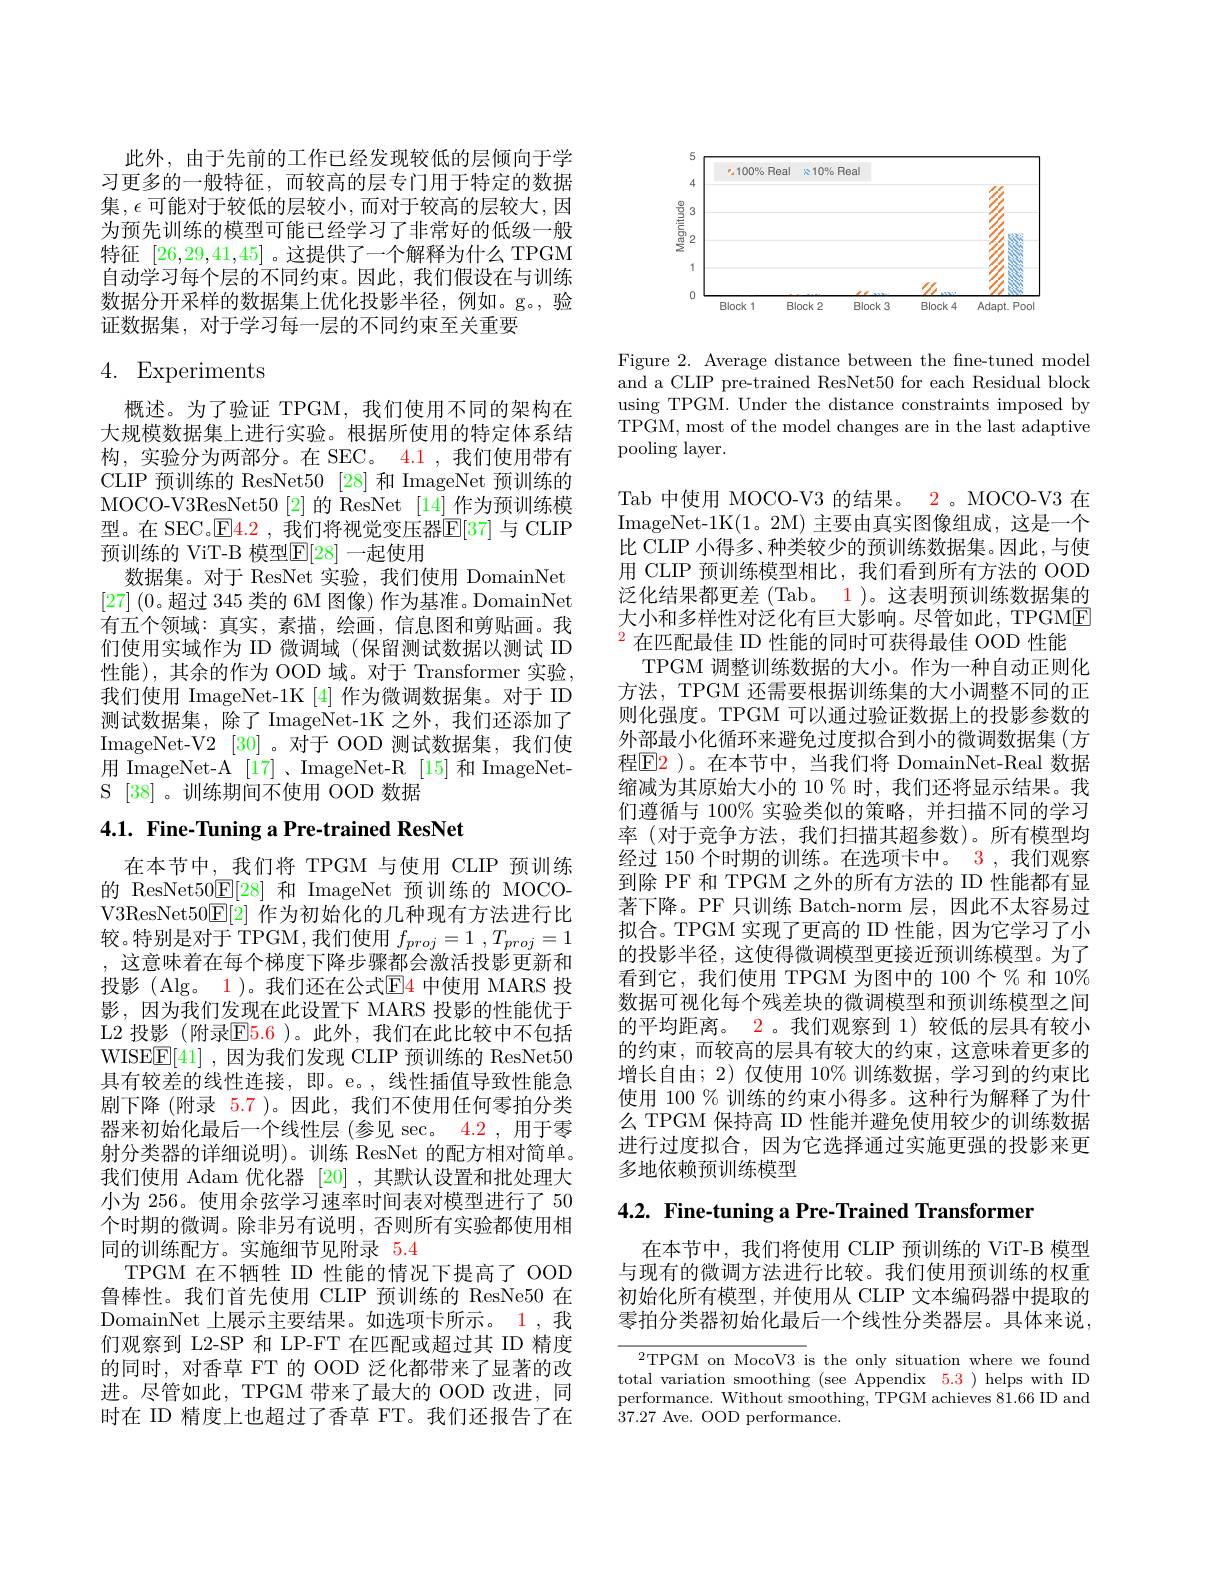
此外，由于先前的工作已经发现较低的层倾向于学习更多的一般特征，而较高的层专门用于特定的数据集$,\epsilon$可能对于较低的层较小，而对于较高的层较大，因为预先训练的模型可能已经学习了非常好的低级一般特征[26,29,41,45]。这提供了一个解释为什么 TPGM 自动学习每个层的不同约束。因此，我们假设在与训练数据分开采样的数据集上优化投影半径，例如。g。,验证数据集，对于学习每一层的不同约束至关重要

# 4. Experiments

概述。为了验证 TPGM,我们使用不同的架构在大规模数据集上进行实验。根据所使用的特定体系结构，实验分为两部分。在 SEC。4.1 ,我们使用带有CLIP 预训练的 ResNet50 [28]和 ImageNet 预训练的MOCO-V3ResNet50[2]的 ResNet [14] 作为预训练模型。在 SEC。$\mathsf{E} \color{red} {4. 2}\mathrm{~, ~我 们 将 视 觉 变 压 器 }\mathsf{E} [ 37]$与 CLIP 预训练的 ViT-B 模型$\mathbb{E}[28]$ 一起使用
数据集。对于 ResNet 实验，我们使用 DomainNet [27] (0。超过 345 类的 6M 图像) 作为基准。DomainNet 有五个领域：真实，素描，绘画，信息图和剪贴画。我们使用实域作为 ID 微调域(保留测试数据以测试 ID 性能),其余的作为 OOD 域。对于 Transformer 实验， 我们使用 ImageNet-1K [4]作为微调数据集。对于 ID 测试数据集，除了 ImageNet-1K 之外，我们还添加了ImageNet- V2 [30]。对于 OOD 测试数据集，我们使用 ImageNet-A [17]、ImageNet-R [15] 和 ImageNetS [38]。训练期间不使用 OOD 数据

## 4.1. Fine-Tuning a Pre-trained ResNet

在本节中，我们将 TPGM 与使用 CLIP 预训练的 ResNet50$\mathbb{E}[28]$和 ImageNet 预训练的 MOCOV3ResNet$50\boxed{\mathrm{E}}[2]$作为初始化的几种现有方法进行比较。特别是对于 TPGM,我们使用$f_proj= 1$ $, T_{proj}= 1$ , 这意味着在每个梯度下降步骤都会激活投影更新和投影 (Alg。$\color{red}{1}$)。我们还在公式$\color{red}{\mathrm{E}4}$ 中使用 MARS 投影 ,因为我们发现在此设置下 MARS 投影的性能优于L2 投影 (附录E5.6 )。此外，我们在此比较中不包括WISE$\underline {\mathrm{F} }[ 41]$ ,因为我们发现 CLIP 预训练的 ResNet50具有较差的线性连接，即。e。,线性插值导致性能急剧下降(附录 5.7 )。因此，我们不使用任何零拍分类器来初始化最后一个线性层(参见 sec。4.2 ,用于零射分类器的详细说明)。训练 ResNet 的配方相对简单。我们使用 Adam 优化器[20] ,其默认设置和批处理大小为 256。使用余弦学习速率时间表对模型进行了 50个时期的微调。除非另有说明，否则所有实验都使用相同的训练配方。实施细节见附录5.4
TPGM 在不牺牲 ID 性能的情况下提高了 OOD 鲁棒性。我们首先使用 CLIP 预训练的 ResNe50 在DomainNet 上展示主要结果。如选项卡所示。1 ,我们观察到 L2-SP 和 LP-FT 在匹配或超过其 ID 精度的同时，对香草 FT 的 OOD 泛化都带来了显著的改进。尽管如此，TPGM 带来了最大的 OOD 改进，同时在 ID 精度上也超过了香草 FT。我们还报告了在

<FigureHere>

Figure 2. Average distance between the fne-tuned model and a CLIP pre-trained ResNet50 for each Residual block using TPGM. Under the distance constraints imposed by TPGM, most of the model changes are in the last adaptive pooling layer.

Tab 中使用 MOCO-V3 的结果。2 。MOCO-V3 在ImageNet-1K(1。2M) 主要由真实图像组成，这是一个比 CLIP 小得多、种类较少的预训练数据集。因此，与使用 CLIP 预训练模型相比，我们看到所有方法的 OOD 泛化结果都更差 (Tab。1)。这表明预训练数据集的大小和多样性对泛化有巨大影响。尽管如此，TPGME $^{2}$在匹配最佳 ID 性能的同时可获得最佳 OOD 性能
TPGM 调整训练数据的大小。作为一种自动正则化方法，TPGM 还需要根据训练集的大小调整不同的正则化强度。TPGM 可以通过验证数据上的投影参数的外部最小化循环来避免过度拟合到小的微调数据集(方程E2 )。在本节中，当我们将 DomainNet-Real 数据缩减为其原始大小的 10 % 时，我们还将显示结果。我们遵循与 100% 实验类似的策略，并扫描不同的学习率 (对于竞争方法，我们扫描其超参数)。所有模型均经过 150 个时期的训练。在选项卡中。3 , 我们观察到除 PF 和 TPGM 之外的所有方法的 ID 性能都有显著下降。PF 只训练 Batch-norm 层，因此不太容易过拟合。TPGM 实现了更高的 ID 性能，因为它学习了小的投影半径，这使得微调模型更接近预训练模型。为了看到它，我们使用 TPGM 为图中的 100个%和 10% 数据可视化每个残差块的微调模型和预训练模型之间的平均距离。2。我们观察到 1) 较低的层具有较小的约束，而较高的层具有较大的约束，这意味着更多的增长自由；2)仅使用 10% 训练数据，学习到的约束比使用 100 % 训练的约束小得多。这种行为解释了为什么 TPGM 保持高 ID 性能并避免使用较少的训练数据进行过度拟合，因为它选择通过实施更强的投影来更多地依赖预训练模型

4.2. Fine-tuning a Pre-Trained Transformer

在本节中，我们将使用 CLIP 预训练的 ViT-B 模型与现有的微调方法进行比较。我们使用预训练的权重初始化所有模型，并使用从 CLIP 文本编码器中提取的零拍分类器初始化最后一个线性分类器层。具体来说，

$^{2}$TPGM on MocoV3 is the only situation where we found total variation smoothing (see Appendix 5.3) helps with ID performance. Without smoothing, TPGM achieves 81.66 ID and $\dot{3}7.27$ Ave. OOD performance